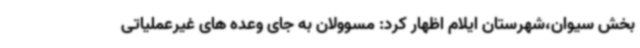
بخش سیوان،شهرستان ایلام اظهار کرد: مسوولان به جای وعده های غیرعملیاتی